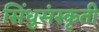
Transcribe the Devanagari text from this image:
सिंधुसंस्कृती